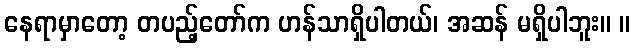
နေရာမှာတော့ တပည့်တော်က ဟန်သာရှိပါတယ်၊ အဆန် မရှိပါဘူး။ ။